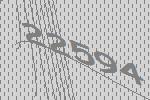
22594